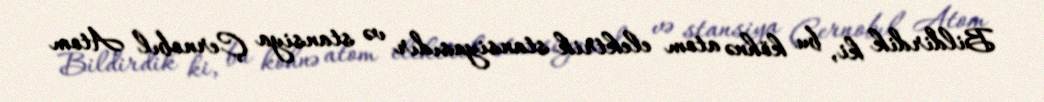
Bildirdik ki, bu köhnə atom elektrik stansiyasıdır və stansiya Çernobıl Atom